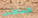
الإسطبل